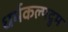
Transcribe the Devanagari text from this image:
धर्मकल्पद्रुम